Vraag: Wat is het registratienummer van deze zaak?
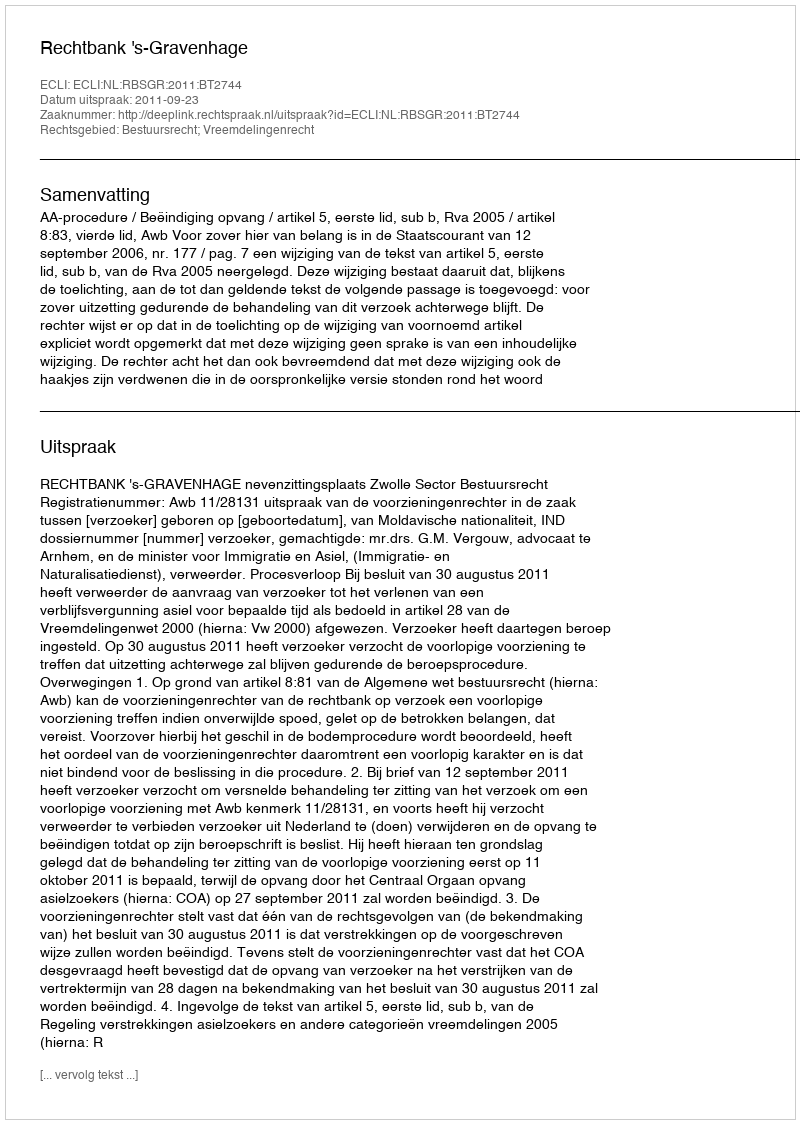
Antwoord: http://deeplink.rechtspraak.nl/uitspraak?id=ECLI:NL:RBSGR:2011:BT2744